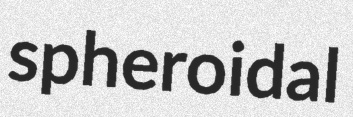
spheroidal